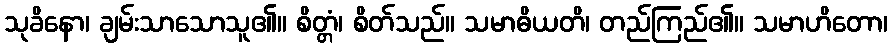
သုခိနော၊ ချမ်းသာသောသူ၏။ စိတ္တံ၊ စိတ်သည်။ သမာဓိယတိ၊ တည်ကြည်၏။ သမာဟိတော၊